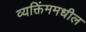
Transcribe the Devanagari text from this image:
व्यक्तिंममधील